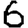
Digit: 6